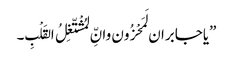
”یاجابران لَمَحْزُون وانِّ لمُشْتّغِلُ القَلْبِ۔